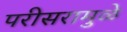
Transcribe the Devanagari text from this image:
परीसरामुळे